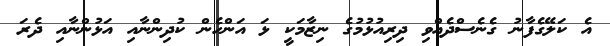
އެ ކަލޭގެފާނު ގެނެސްދެއްވި ދިރިއުޅުމުގެ ނިޒާމަކީ ޅަ އަންހެން ކުދިންނާއި އަޅުންނާއި ދެރަ